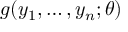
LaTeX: g ( y _ { 1 } , \dots , y _ { n } ; \theta )